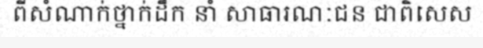
ពីសំណាក់ថ្នាក់ដឹក នាំ សាធារណៈជន ជាពិសេស